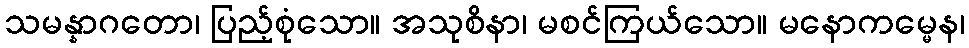
သမန္နာဂတော၊ ပြည့်စုံသော။ အသုစိနာ၊ မစင်ကြယ်သော။ မနောကမ္မေန၊